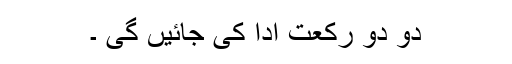
دو دو رکعت ادا کی جائیں گی ۔